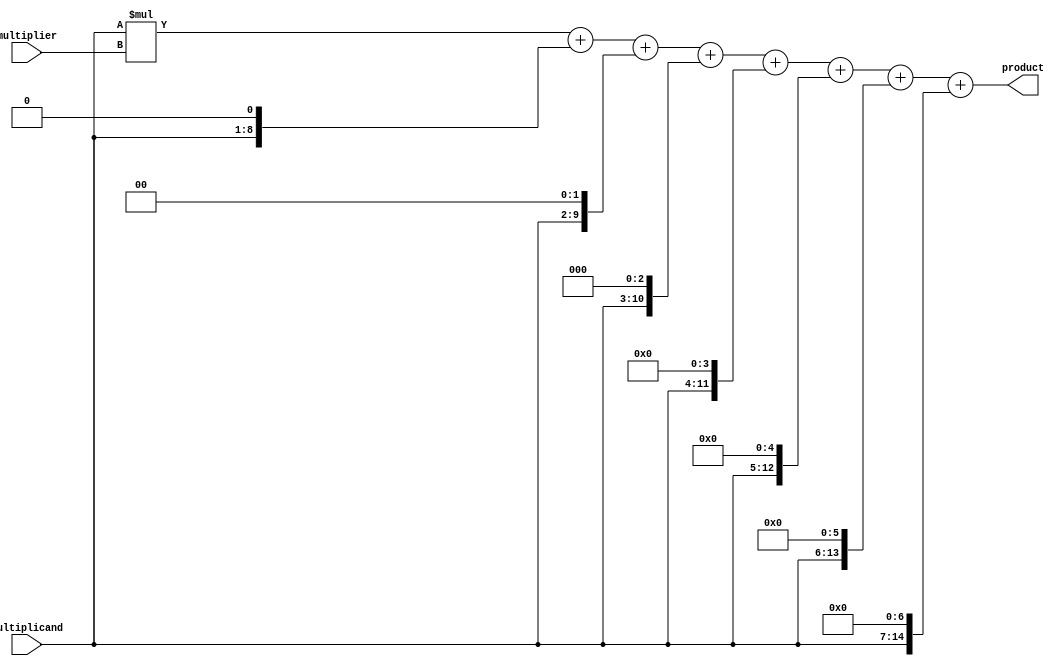
module booth_multiplier (
    input [7:0] multiplicand,
    input [7:0] multiplier,
    output reg [15:0] product
);
    
    wire [15:0] partial_products [7:0];
    
    // Generate partial products
    assign partial_products[0] = multiplicand * multiplier;
    assign partial_products[1] = multiplicand << 1;
    assign partial_products[2] = multiplicand << 2;
    assign partial_products[3] = multiplicand << 3;
    assign partial_products[4] = multiplicand << 4;
    assign partial_products[5] = multiplicand << 5;
    assign partial_products[6] = multiplicand << 6;
    assign partial_products[7] = multiplicand << 7;
    
    // Perform parallel addition of partial products
    always @*
    begin
        product = partial_products[0] + partial_products[1] + partial_products[2] + partial_products[3]
                + partial_products[4] + partial_products[5] + partial_products[6] + partial_products[7];
    end
    
endmodule